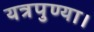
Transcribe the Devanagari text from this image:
यत्रपुण्या।